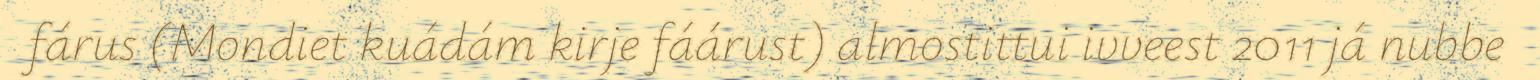
fárus (Mondiet kuádám kirje fáárust) almostittui ivveest 2011 já nubbe